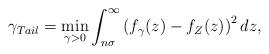
LaTeX: \begin{align*}\gamma_{Tail}=\min_{\gamma>0}\int_{n\sigma}^{\infty}\left(f_{\gamma}(z)-f_Z(z)\right)^2dz,\end{align*}